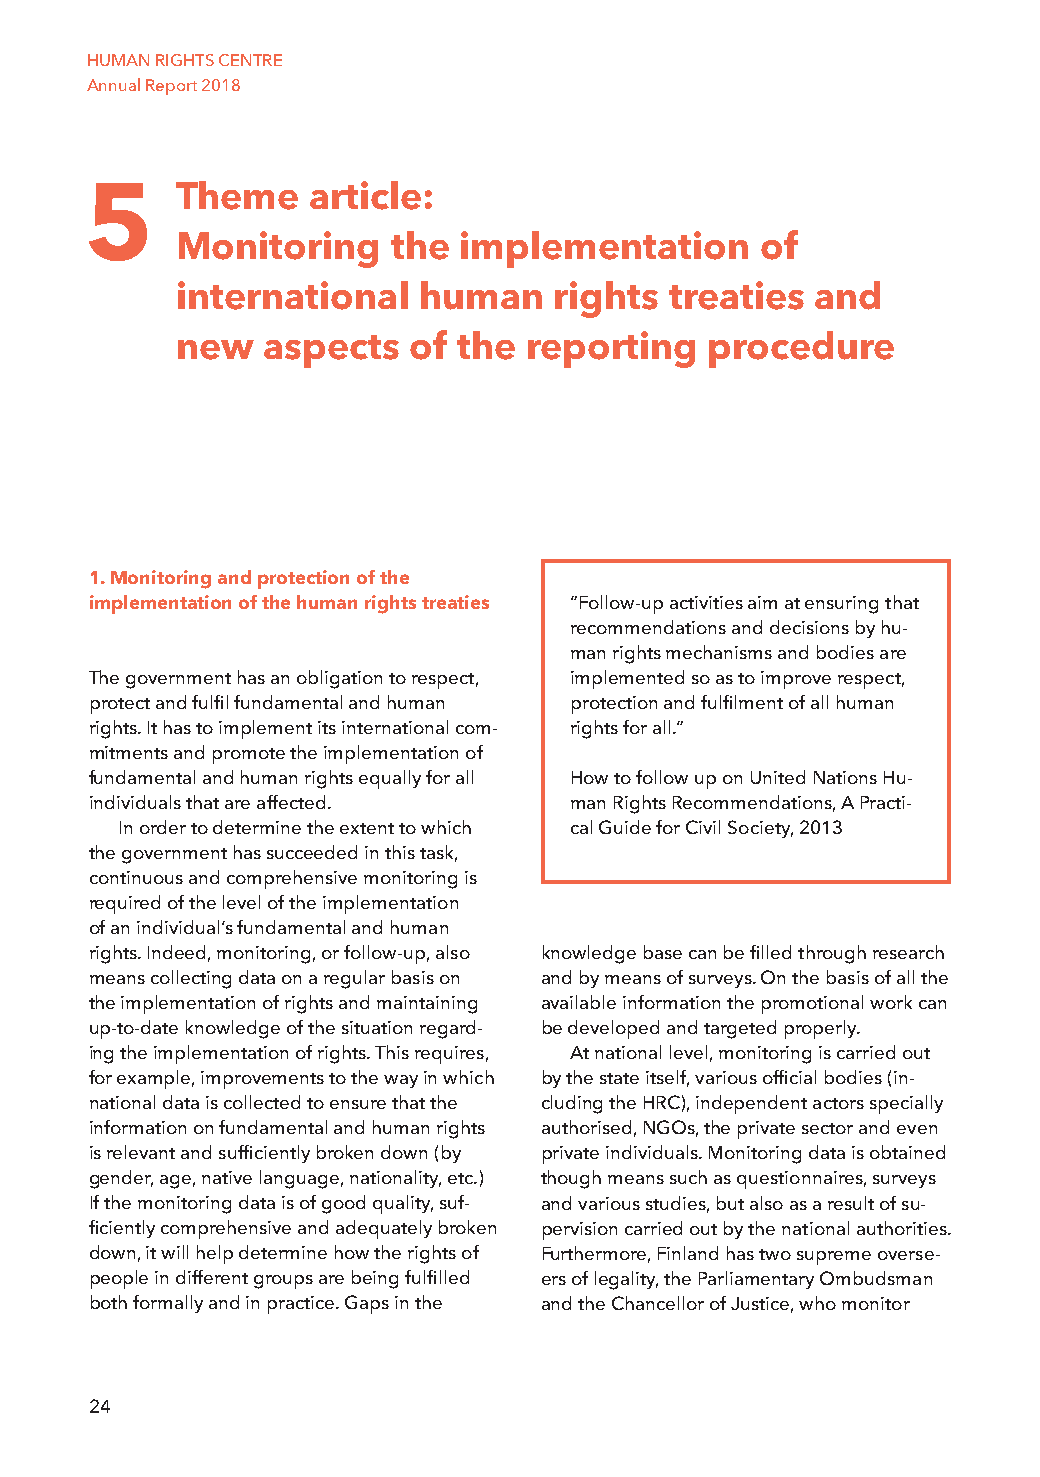
HUMAN RIGHTS CENTRE
 Annual Report 2018
 5     Theme   article:
 Monitoring    the implementation      of
 international   human    rights treaties  and
 new  aspects   of the  reporting   procedure
 1. Monitoring and protection of the
 implementation of the human rights treaties ”Follow-up activities aim at ensuring that
 recommendations and decisions by hu-
 man rights mechanisms and bodies are
 The government has an obligation to respect, implemented so as to improve respect,
 protect and fulfil fundamental and human protection and fulfilment of all human
 rights. It has to implement its international com- rights for all.”
 mitments and promote the implementation of
 fundamental and human rights equally for all How to follow up on United Nations Hu-
 individuals that are affected.  man Rights Recommendations, A Practi-
 In order to determine the extent to which cal Guide for Civil Society, 2013
 the government has succeeded in this task,
 continuous and comprehensive monitoring is
 required of the level of the implementation
 of an individual’s fundamental and human
 rights. Indeed, monitoring, or follow-up, also knowledge base can be filled through research
 means collecting data on a regular basis on and by means of surveys. On the basis of all the
 the implementation of rights and maintaining available information the promotional work can
 up-to-date knowledge of the situation regard- be developed and targeted properly.
 ing the implementation of rights. This requires, At national level, monitoring is carried out
 for example, improvements to the way in which by the state itself, various official bodies (in-
 national data is collected to ensure that the cluding the HRC), independent actors specially
 information on fundamental and human rights authorised, NGOs, the private sector and even
 is relevant and sufficiently broken down (by private individuals. Monitoring data is obtained
 gender, age, native language, nationality, etc.) though means such as questionnaires, surveys
 If the monitoring data is of good quality, suf- and various studies, but also as a result of su-
 ficiently comprehensive and adequately broken pervision carried out by the national authorities.
 down, it will help determine how the rights of Furthermore, Finland has two supreme overse-
 people in different groups are being fulfilled ers of legality, the Parliamentary Ombudsman
 both formally and in practice. Gaps in the and the Chancellor of Justice, who monitor
 24